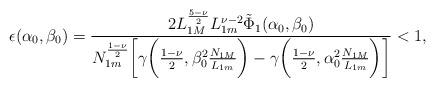
LaTeX: \begin{align*} \epsilon(\alpha_0,\beta_0)=\dfrac{2L_{1M}^{\frac{5-\nu}{2}}L_{1m}^{\nu-2}\Tilde{\Phi}_1(\alpha_0,\beta_0)}{N_{1m}^{\frac{1-\nu}{2}}\bigg[\gamma\bigg(\tfrac{1-\nu}{2},\beta_0^2\tfrac{N_{1M}}{L_{1m}}\bigg)-\gamma\bigg(\tfrac{1-\nu}{2},\alpha_0^2\tfrac{N_{1M}}{L_{1m}}\bigg)\bigg]}<1,\end{align*}